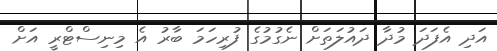
އަދި އެފަދަ މުދާ ދައުލަތަށް ނެގުމުގެ ފުރިހަމަ ބާރު އެ މިނިސްޓްރީ އަށް